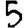
Digit: 5